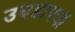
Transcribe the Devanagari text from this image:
उघडायची